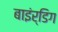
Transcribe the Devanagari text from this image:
बाइंर्डिग